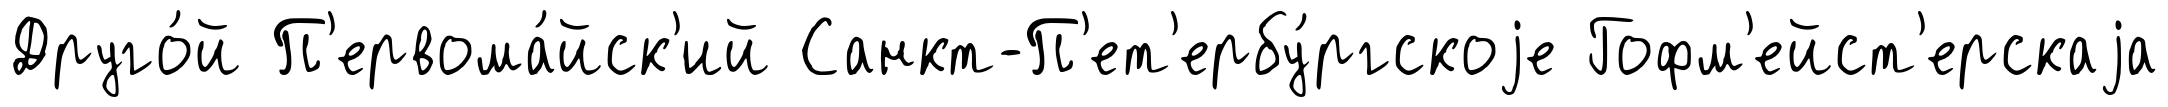
Друго́й П'ервома́йск'ий Санкт-П'ет'ербу́ргскоjе Гофм'ейст'ерскаjа